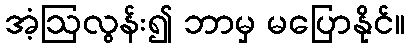
အံ့ဩလွန်း၍ ဘာမှ မပြောနိုင်။